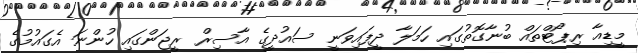
މީޑިއާ ރިޕޯޓްތައް ބުނާގޮތުގައި ހަމަލާ ދީފައިވަނީ ސައުދީގެ އާސިރް ރީޖަންގައި ހުންނަ އެގައުމުގެ